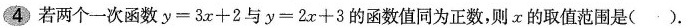
4.若两个一次函数$$y=3 x + 2$$与$$y = 2 x+ 3$$的函数值同为正数，则α的取值范围是( )。